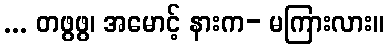
... တဖွဖွ၊ အမောင့် နားက- မကြားလား။